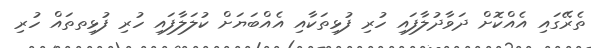
ތެރޭގައި އެއްކޮށް ދަވާދުލާފައި ހުރި ފުޅިތަކާއި އެއްބަޔަށް ކުލަލާފައި ހުރި ފުޅިތތައް ހުރި